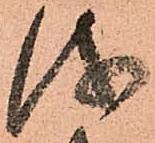
儀